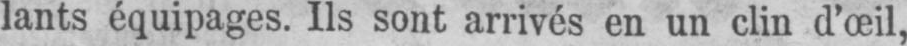
lants équipages. Ils sont arrivés en un clin d’œil,